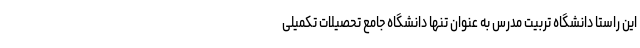
این راستا دانشگاه تربیت مدرس به عنوان تنها دانشگاه جامع تحصیلات تکمیلی